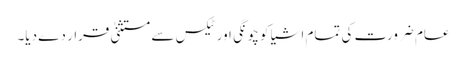
عام ضرورت کی تمام اشیا کو چونگی اور ٹیکس سے مستثنیٰ قرار دے دیا۔